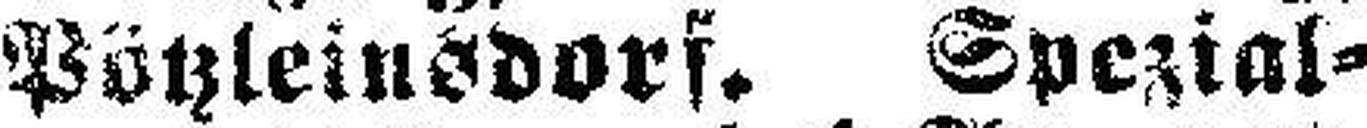
Pötzleinsdorf. Spezial¬